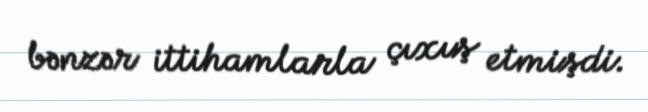
bənzər ittihamlarla çıxış etmişdi.